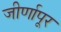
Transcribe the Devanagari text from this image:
जीर्णापूर